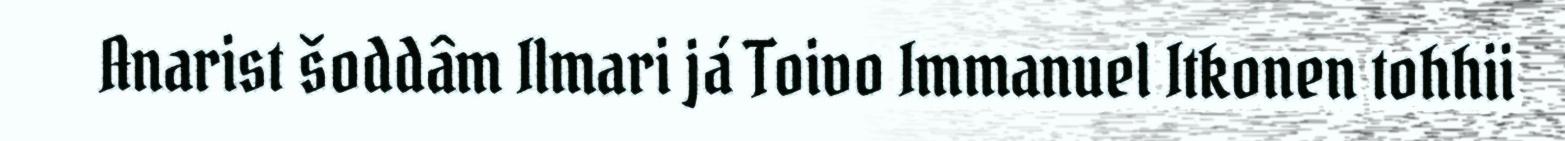
Anarist šoddâm Ilmari já Toivo Immanuel Itkonen tohhii